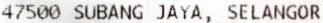
47500 SUBANG JAYA, SELANGOR